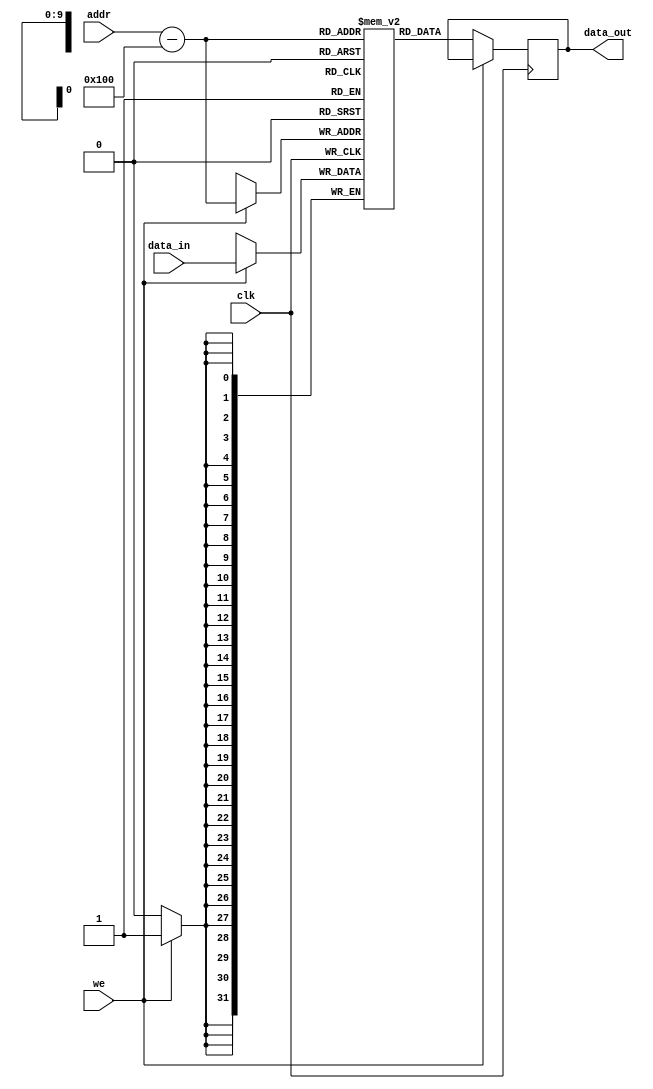
module datamemory(
	input clk,
	input [9:0] addr,
	input [31:0] data_in,
	input we,
	output reg[31:0] data_out
);
	
	reg [31:0] memory [1023:0];

	initial begin
		// [0] -> A = 2001  
		// [1] => B = 4001  
		// [2] => C = 5001  
		// [3] => D = 3001 
		memory[0] = 32'b0000_0000_0000_0000_0000_0111_1101_0001; 
		memory[1] = 32'b0000_0000_0000_0000_0000_1111_1010_0001; 
		memory[2] = 32'b0000_0000_0000_0000_0001_0011_1000_1001; 
		memory[3] = 32'b0000_0000_0000_0000_0000_1011_1011_1001; 
	end

	always @(posedge clk) begin
		if (we)
			memory[addr-256] <= data_in;
		else
			data_out <= memory[addr-256];
	end

endmodule